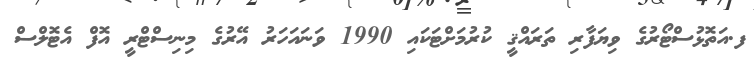
ފ.އަތޮޅުސްޓޯރުގެ ވިޔަފާރި ތަރައްޤީ ކުރުމަށްޓަކައި 1990 ވަނައަހަރު އޭރުގެ މިނިސްޓްރީ އޮފް އެޓޮލްސް